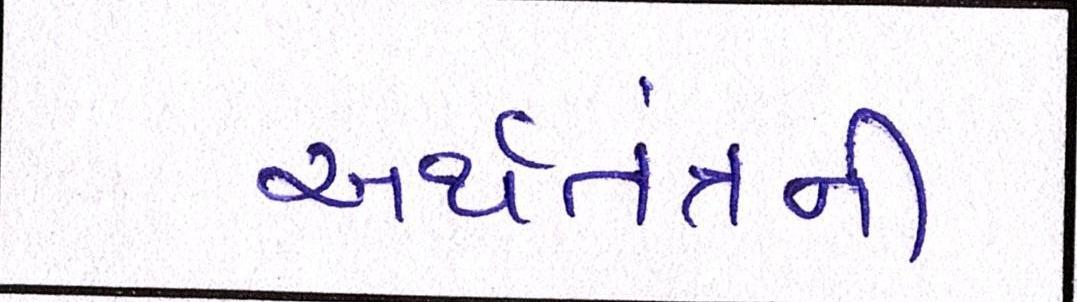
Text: અર્થતંત્રની